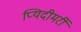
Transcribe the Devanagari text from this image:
प्यिदीमर्री